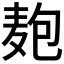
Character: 𮮆